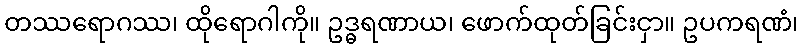
တဿရောဂဿ၊ ထိုရောဂါကို။ ဥဒ္ဓရဏာယ၊ ဖောက်ထုတ်ခြင်းငှာ။ ဥပကရဏံ၊